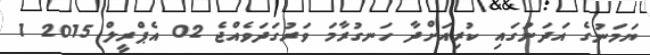
ޔަމަނުގެ އަދަނުގައި ކުރިއަށްދާ ހަނގުރާމަ ވަރުގަދަވެއްޖެ 02 އެޕްރީލް 2015 1